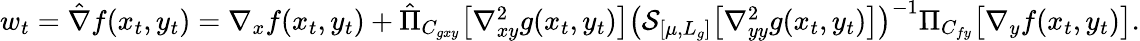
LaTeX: \begin{array}{r}{w_{t}=\hat{\nabla}f(x_{t},y_{t})=\nabla_{x}f(x_{t},y_{t})+\hat{\Pi}_{C_{gxy}}\big[\nabla_{xy}^{2}g(x_{t},y_{t})\big]\big(\mathcal{S}_{[\mu,L_{g}]}\big[\nabla_{yy}^{2}g(x_{t},y_{t})\big]\big)^{-1}\Pi_{C_{fy}}\big[\nabla_{y}f(x_{t},y_{t})\big].}\end{array}